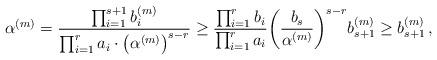
LaTeX: \begin{align*}\alpha^{(m)}={\frac{\prod_{i=1}^{s+1}b_i^{(m)}}{\prod_{i=1}^ra_i\cdot\bigl(\alpha^{(m)}\bigr)^{s-r}}}\ge{\frac{\prod_{i=1}^rb_i}{\prod_{i=1}^ra_i}}\biggl({\frac{b_s}{\alpha^{(m)}}}\biggr)^{s-r}b_{s+1}^{(m)}\ge b_{s+1}^{(m)} \,,\end{align*}